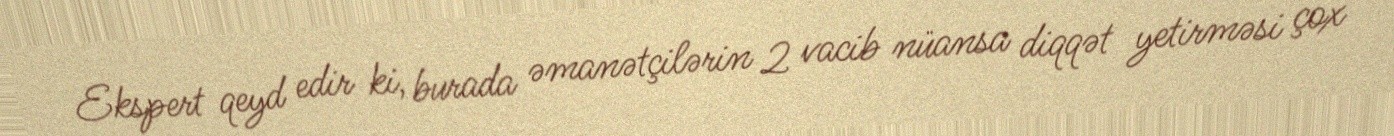
Ekspert qeyd edir ki, burada əmanətçilərin 2 vacib nüansa diqqət yetirməsi çox